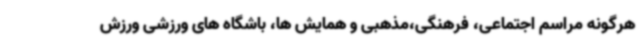
هرگونه مراسم اجتماعی، فرهنگی،مذهبی و همایش ها، باشگاه های ورزشی ورزش